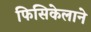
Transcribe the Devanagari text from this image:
फिसिकेलाने